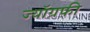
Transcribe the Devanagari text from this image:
ज्यॉग्रफी